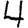
Digit: 4